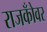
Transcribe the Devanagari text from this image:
राजकोँवर